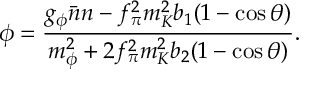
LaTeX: \phi = { \frac { g _ { \phi } \bar { n } n - f _ { \pi } ^ { 2 } m _ { K } ^ { 2 } b _ { 1 } ( 1 - \cos \theta ) } { m _ { \phi } ^ { 2 } + 2 f _ { \pi } ^ { 2 } m _ { K } ^ { 2 } b _ { 2 } ( 1 - \cos \theta ) } } .